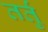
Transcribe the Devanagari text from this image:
तर्तुं